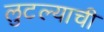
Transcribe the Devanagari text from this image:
लुटल्याची